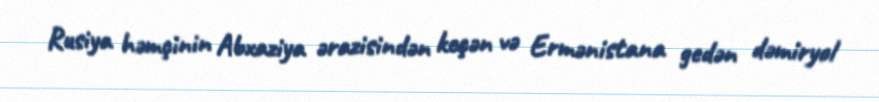
Rusiya həmçinin Abxaziya ərazisindən keçən və Ermənistana gedən dəmiryol